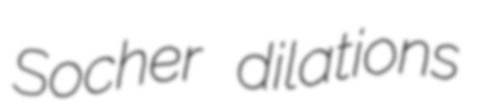
Socher dilations